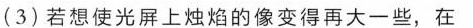
(3)若想使光屏上烛焰的像变得再大一些，在